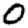
Digit: 0